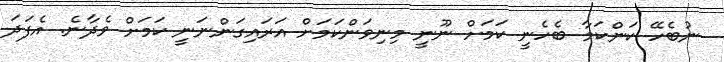
ނުބެހޭ ކަންކަމާ ބެހެނީ ކަމަށް ނޫނީ މިނިވަންކަމަށް އަރައިގަންނަނީ ކަމަށް ވެދާނެ. އެފަދަ